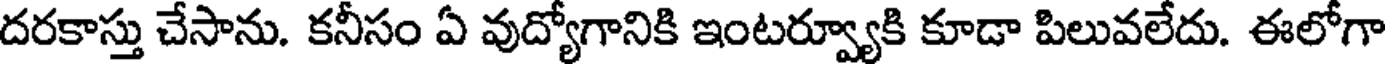
దరకాస్తు చేసాను. కనీసం ఏ వుద్యోగానికి ఇంటర్వ్యూకి కూడా పిలువలేదు. ఈలోగా